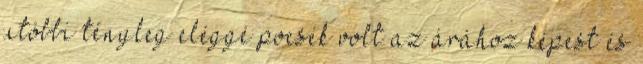
utóbbi tényleg eléggé pocsék volt az árához képest és